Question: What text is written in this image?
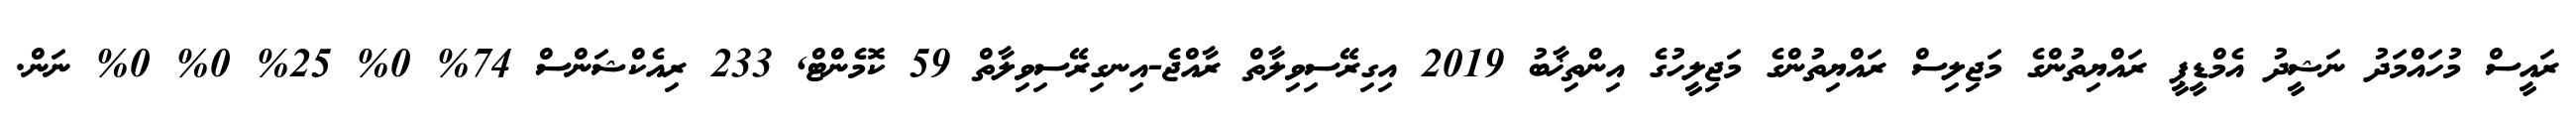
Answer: ރައީސް މުހައްމަދު ނަޝީދު އެމްޑީޕީ ރައްޔިތުންގެ މަޖިލިސް ރައްޔިތުންގެ މަޖިލީހުގެ އިންތިޚާބު 2019 އިގިރޭސިވިލާތް ރާއްޖެ-އިނގިރޭސިވިލާތް 59 ކޮމެންޓް, 233 ރިއެކްޝަންސް 74% 0% 25% 0% 0% ނަން.